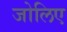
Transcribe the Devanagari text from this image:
जोलिए